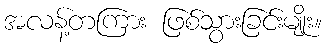
အလန့်တကြား ဖြစ်သွားခြင်းမျိုး။